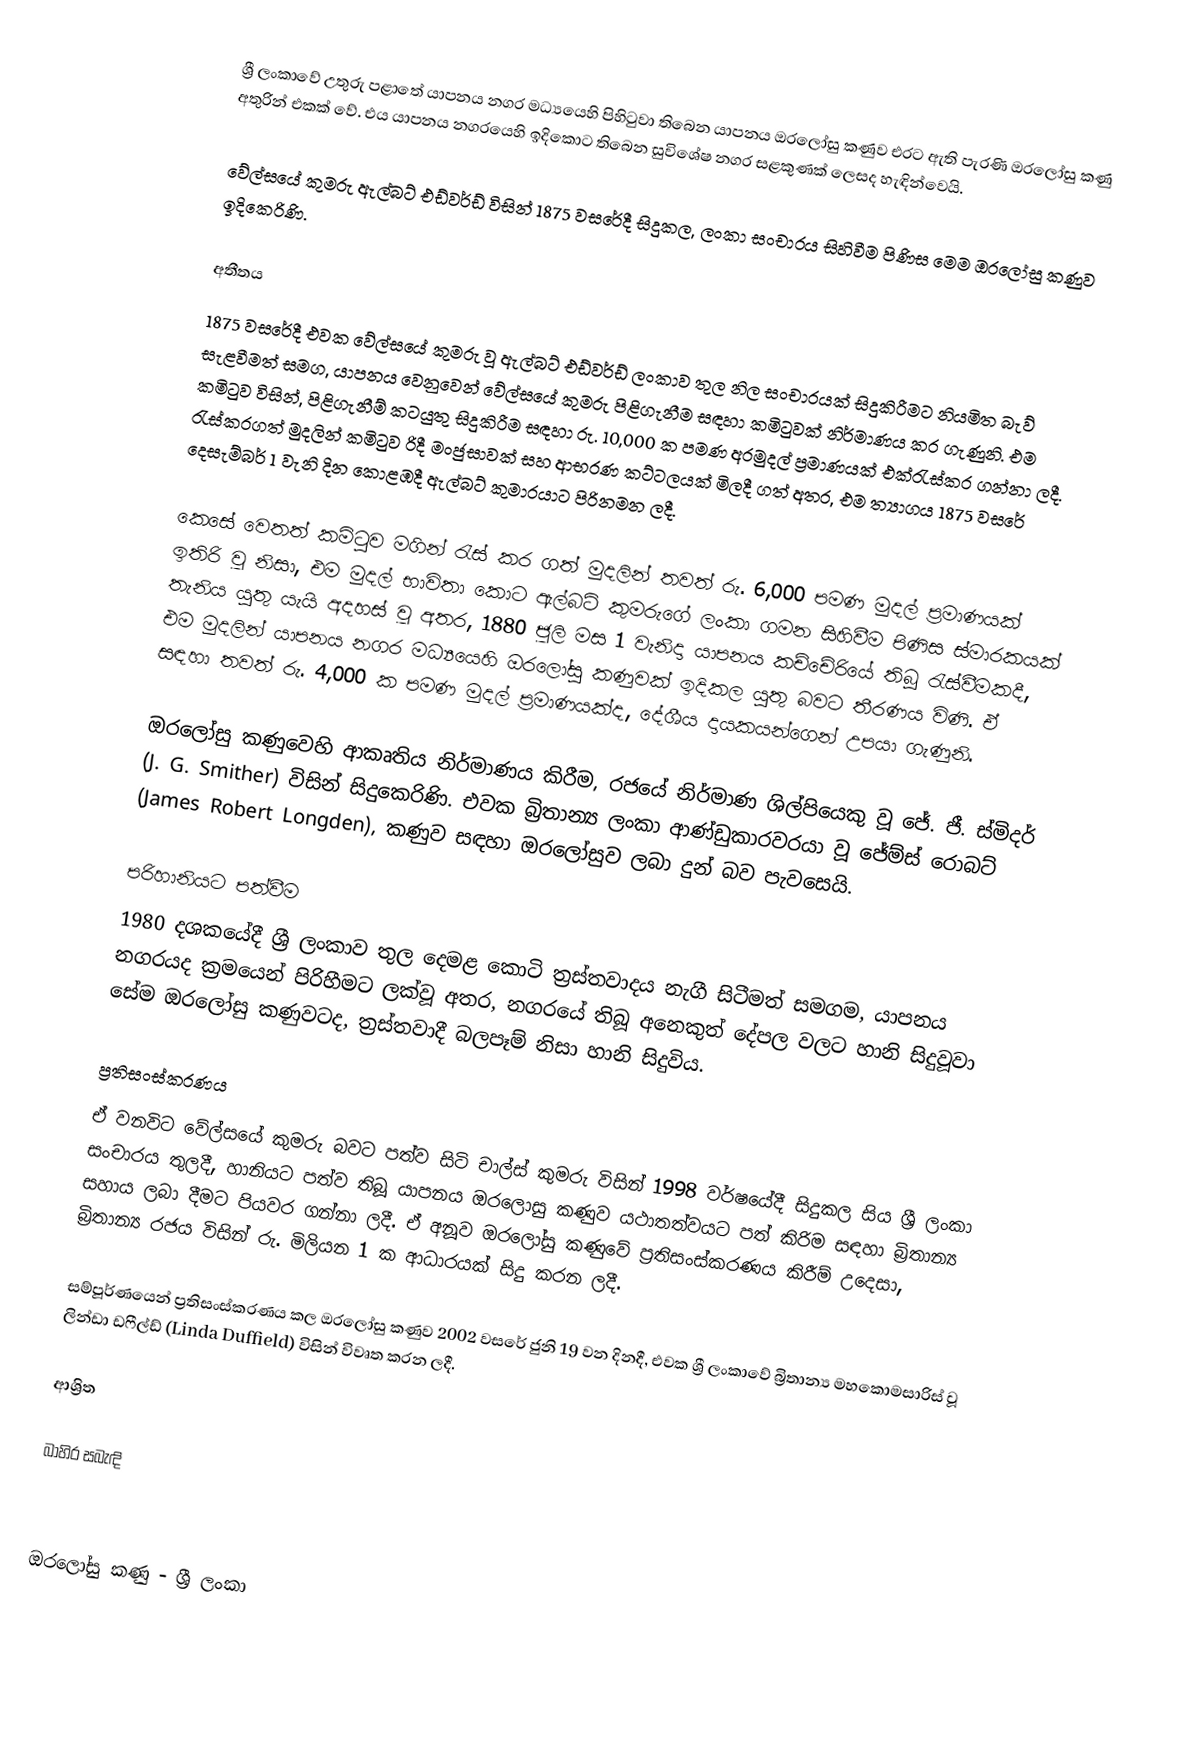
ශ්‍රී ලංකාවේ උතුරු පළාතේ යාපනය නගර මධ්‍යයෙහි පිහිටුවා තිබෙන යාපනය ඔරලෝසු කණුව එරට ඇති පැරණි ඔරලෝසු කණු අතුරින් එකක් වේ. එය යාපනය නගරයෙහි ඉදිකොට තිබෙන සුවිශේෂ නගර සළකුණක් ලෙසද හැඳින්වෙයි.

වේල්සයේ කුමරු ඇල්බට් එඩ්වර්ඩ් විසින් 1875 වසරේදී සිදුකල, ලංකා සංචාරය සිහිවීම පිණිස මෙම ඔරලෝසු කණුව ඉදිකෙරිණි.

අතීතය
1875 වසරේදී එවක වේල්සයේ කුමරු වූ ඇල්බට් එඩ්වර්ඩ් ලංකාව තුල නිල සංචාරයක් සිදුකිරීමට නියමිත බැව් සැළවීමත් සමග, යාපනය වෙනුවෙන් වේල්සයේ කුමරු පිළිගැනීම සඳහා කමිටුවක් නිර්මාණය කර ගැණුනි. එම කමිටුව විසින්, පිළිගැනීම් කටයුතු සිදුකිරීම සඳහා රු. 10,000 ක පමණ අරමුදල් ප්‍රමාණයක් එක්රැස්කර ගන්නා ලදී. රැස්කරගත් මුදලින් කමිටුව රිදී මංජුසාවක් සහ ආභරණ කට්ටලයක් මිලදී ගත් අතර, එම ත්‍යාගය 1875 වසරේ දෙසැම්බර් 1 වැනි දින කොළඹදී ඇල්බට් කුමාරයාට පිරිනමන ලදී.

කෙසේ වෙතත් කමිටුව මගින් රැස් කර ගත් මුදලින් තවත් රු. 6,000 පමණ මුදල් ප්‍රමාණයක් ඉතිරි වූ නිසා, එම මුදල් භාවිතා කොට ඇල්බට් කුමරුගේ ලංකා ගමන සිහිවීම පිණිස ස්මාරකයක් තැනිය යුතු යැයි අදහස් වූ අතර, 1880 ජූලි මස 1 වැනිදා යාපනය කච්චේරියේ තිබූ රැස්වීමකදී, එම මුදලින් යාපනය නගර මධ්‍යයෙහි ඔරලෝසු කණුවක් ඉදිකල යුතු බවට තීරණය විණි. ඒ සඳහා තවත් රු. 4,000 ක පමණ මුදල් ප්‍රමාණයක්ද, දේශීය දායකයන්ගෙන් උපයා ගැණුනි.

ඔරලෝසු කණුවෙහි ආකෘතිය නිර්මාණය කිරීම, රජයේ නිර්මාණ ශිල්පියෙකු වූ ජේ. ජී. ස්මිදර් (J. G. Smither) විසින් සිදුකෙරිණි. එවක බ්‍රිතාන්‍ය ලංකා ආණ්ඩුකාරවරයා වූ ජේම්ස් රොබට් (James Robert Longden), කණුව සඳහා ඔරලෝසුව ලබා දුන් බව පැවසෙයි.

පරිහානියට පත්වීම
1980 දශකයේදී ශ්‍රී ලංකාව තුල දෙමළ කොටි ත්‍රස්තවාදය නැගී සිටීමත් සමගම, යාපනය නගරයද ක්‍රමයෙන් පිරිහීමට ලක්වූ අතර, නගරයේ තිබූ අනෙකුත් දේපල වලට හානි සිදුවූවා සේම ඔරලෝසු කණුවටද, ත්‍රස්තවාදී බලපෑම් නිසා හානි සිදුවිය.

ප්‍රතිසංස්කරණය
ඒ වනවිට වේල්සයේ කුමරු බවට පත්ව සිටි චාල්ස් කුමරු විසින් 1998 වර්ෂයේදී සිදුකල සිය ශ්‍රී ලංකා සංචාරය තුලදී, හානියට පත්ව තිබූ යාපනය ඔරලොසු කණුව යථාතත්වයට පත් කිරිම සඳහා බ්‍රිතාන්‍ය සහාය ලබා දීමට පියවර ගන්නා ලදී. ඒ අනූව ඔරලෝසු කණුවේ ප්‍රතිසංස්කරණය කිරීම් උදෙසා, බ්‍රිතාන්‍ය රජය විසින් රු. මිලියන 1 ක ආධාරයක් සිදු කරන ලදී.

සම්පූර්ණයෙන් ප්‍රතිසංස්කරණය කල ඔරලෝසු කණුව 2002 වසරේ ජුනි 19 වන දිනදී, එවක ශ්‍රී ලංකාවේ බ්‍රිතාන්‍ය මහකොමසාරිස් වූ ලින්ඩා ඩෆීල්ඩ් (Linda Duffield) විසින් විවෘත කරන ලදී.

ආශ්‍රිත

බාහිර සබැඳි

ඔරලෝසු කණු - ශ්‍රී ලංකා